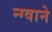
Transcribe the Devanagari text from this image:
न्ग्वाने